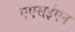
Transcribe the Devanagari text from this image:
एएसईएन